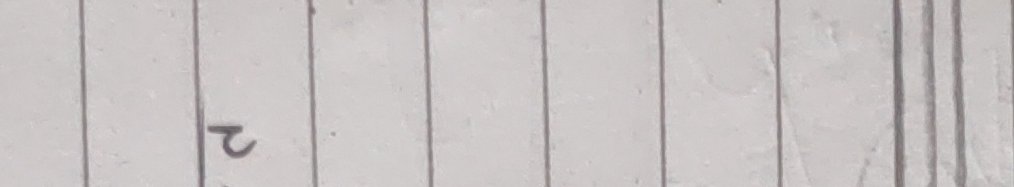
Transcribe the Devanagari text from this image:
२